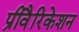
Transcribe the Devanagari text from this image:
प्रीवैरिकेशन